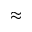
\approx